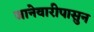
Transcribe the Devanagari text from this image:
जानेवारीपासुन